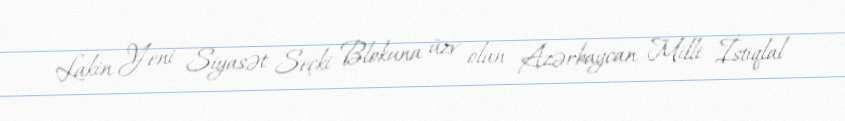
Lakin Yeni Siyasət Seçki Blokuna üzv olan Azərbaycan Milli İstiqlal